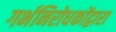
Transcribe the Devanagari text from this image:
गर्भनिरोधकोंद्वारा